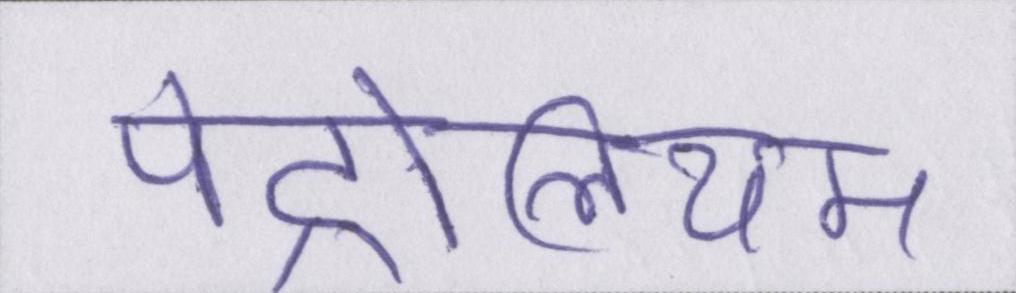
पेट्रोलियम